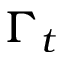
\Gamma _ { t }